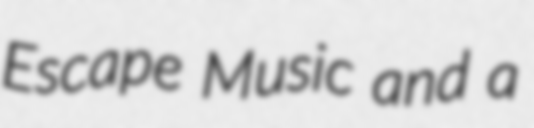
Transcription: Escape Music and a